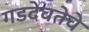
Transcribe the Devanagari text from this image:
गडदेवतेचे